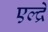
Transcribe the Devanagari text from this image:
एल्द्रे